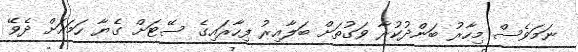
ނަމަވެސް މިހާރު ބަންދުކުރާ ވަގުތަށް ބަލާއިރު ފިހާރައިގެ ސޭޓަށް ގެޔާ ހަމައަށް ދެވޭ